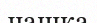
чашка